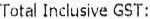
TOTAL INCLUSIVE GST: